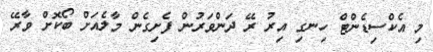
މި އެކްސިޑެންޓް ހިނގި އިރު ރޭ ދަންވަރުން ފެށިގެން މާލެއަށް ބޯކޮށް ވާރޭ